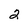
Character: 2